Calcutta medical institutions reports 1879-81 [i.e.91]
Year: 1879
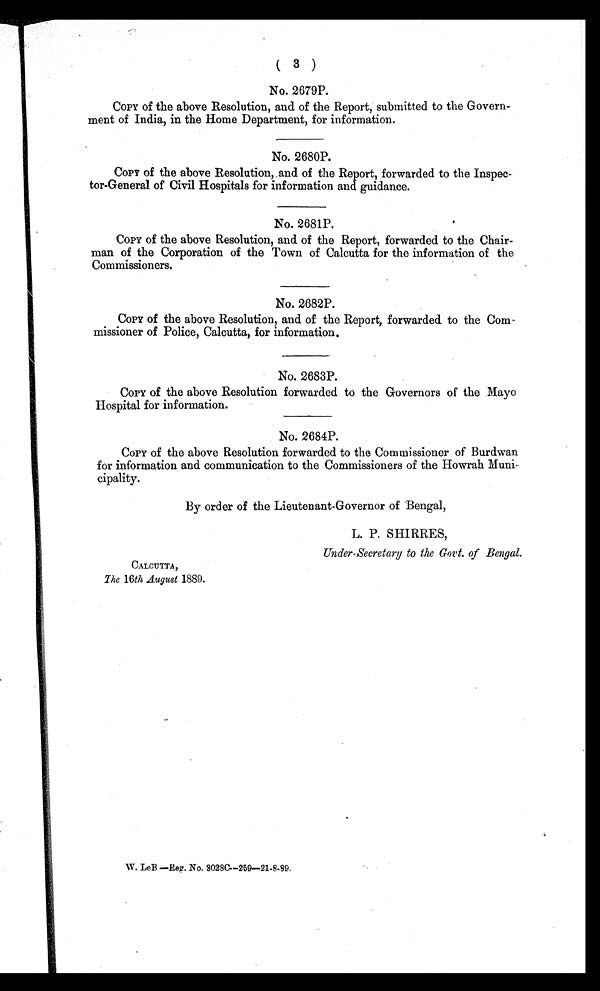
( 3 )
No. 2679P.
COPY of the above Resolution, and of the Report, submitted to the Govern-
ment of India, in the Home Department, for information.
No. 2680P.
COPY of the above Resolution, and of the Report, forwarded to the Inspec- -
tor-General of Civil Hospitals for information and guidance.
No. 2681P.
COPY of the above Resolution, and of the Report, forwarded to the Chair-
man of the Corporation of the Town of Calcutta for the information of the
Commissioners.
No. 2682P.
COPY of the above Resolution, and of the Report, forwarded to the Com-
missioner of Police, Calcutta, for information.
No. 2683P.
COPY of the above Resolution forwarded to the Governors of the Mayo
Hospital for information.
No. 2684P.
COPY of the above Resolution forwarded to the Commissioner of Burdwan
for information and communication to the Commissioners of the Howrah Muni-
cipality.
By order of the Lieutenant-Governor of Bengal,
L. P. SHIRRES,
CALCUTTA,
T h e
1 6t
h A u g u s t
1 8 8 9 .
W. LeB —Reg. No. 3028C—259—21.8.99.